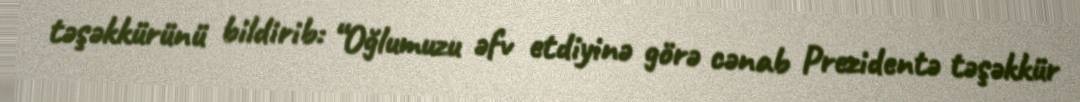
təşəkkürünü bildirib: “Oğlumuzu əfv etdiyinə görə cənab Prezidentə təşəkkür